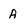
Character: A